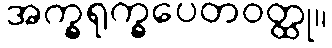
အက္ခရုက္ခပေတဝတ္ထု။